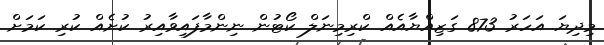
މިދިޔަ އަހަރު 873 ގަޒިއްޔާއެއް ކްރިމިނަލް ކޯޓުން ނިންމާފައިވާއިރު ކުށެއް ކުރި ކަމަށް